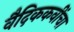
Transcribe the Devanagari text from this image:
वैदिककवींचा